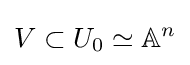
V\subset U_{0}\simeq \mathbb {A} ^{n}